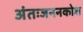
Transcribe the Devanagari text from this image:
अंतःजननकोश